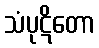
သံပုဋိတော